Rongu_vallavalitsus, lk 15
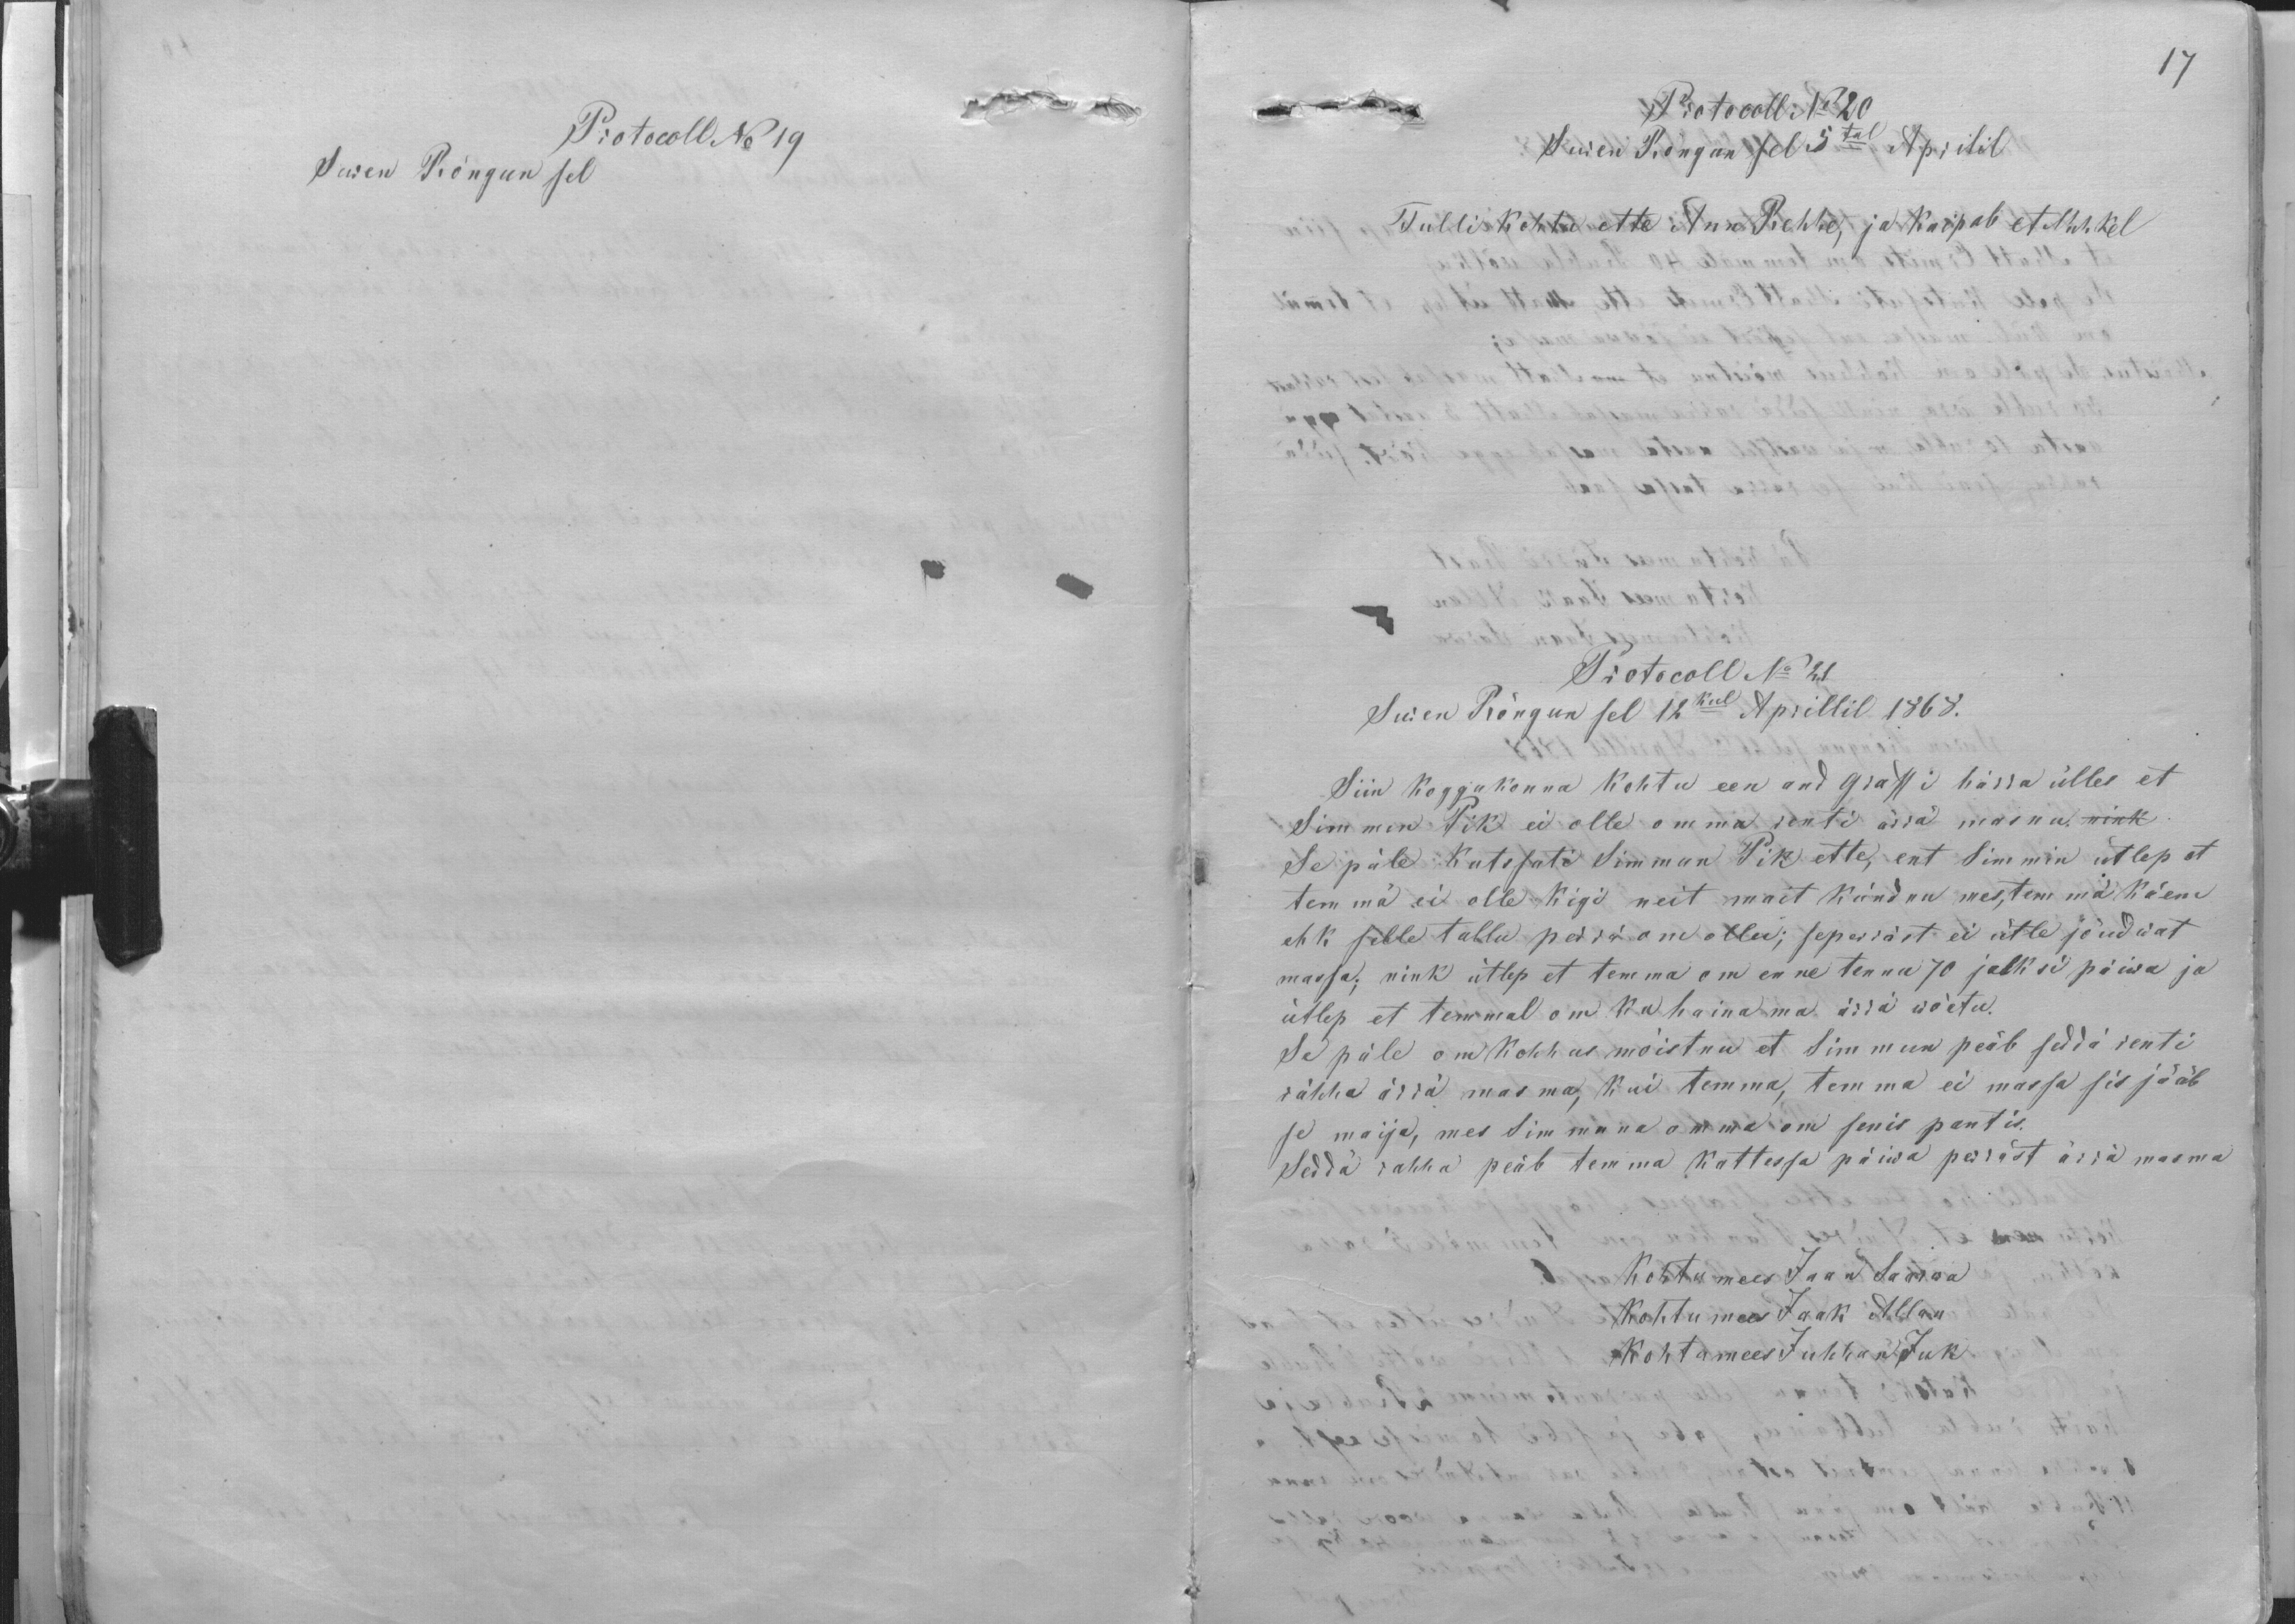
Protokoll No 19
Suren Rõngun sel

17
Protokoll No 20
Suren Rõngun sel 5tal Aprilil
Tulli kohtu ette Ann Rehhe, ja kaipab et Mihkel
Protocoll No 21
Suren Rõngun sel 12kul Aprillil 1868.
Siin koggukonna kohtu een and Graffi härra ülles et
Simmen Pik ei olle omma renti ärrä masnu nink
Se päle kutssuti Simmun Pik ette, ent Simmin ütlep et
temmä ei olle kigi neit mait kündnu mes, temmä käene
ehk selle tallu perrä om ollu; seperräst ei ütle jõudwat
massa; nink ütlep et temma om enne tennu 70 jalksi päiwa ja
ütlep et temmal om ka hainama ärrä wõetu.
Se päle om kohhus mõistnu et Simmun peäb seddä renti
rähha ärrä masma, kui temma, temma ei massa sis jääb
se maija, mes Simmuna omma om senis pantis.
Seddä rahha peäb temma kattessa päiwa perräst ärrä masma
Kohtumees Jaan Saarwa
Kohtumees Jaak Allan
Kohtumees Juhhan Juk